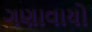
ગણાવાયો